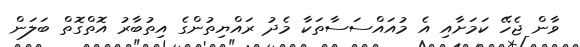
ވާން ޖެހޭ ކަމަށާއި އެ މުއައްސަސާތަކާ މެދު ރައްޔިތުންގެ އިތުބާރު އޮތްގޮތް ބަލަން